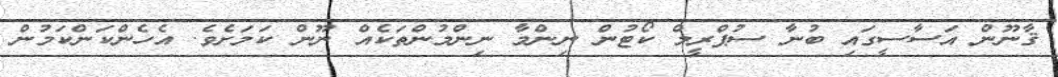
ޤާނޫން އަސާސީގައި ބުނާ ސުޕްރީމް ކޯޓުން ނިންމާ ނިންމުންތަކެއް ނޫން ކަމަށެވެ. އެހެންކަންކަމުން